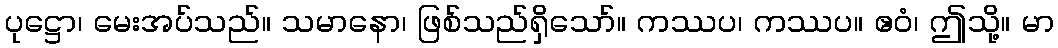
ပုဋ္ဌော၊ မေးအပ်သည်။ သမာနော၊ ဖြစ်သည်ရှိသော်။ ကဿပ၊ ကဿပ။ ဧဝံ၊ ဤသို့။ မာ